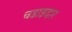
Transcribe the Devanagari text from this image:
चढाइदार